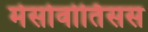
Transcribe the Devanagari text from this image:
मेसोवोर्तिसस